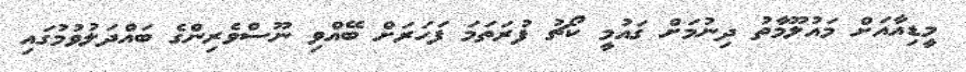
މީޑިއާއަށް މައުލޫމާތު ދިނުމަށް ގައުމީ ކޯޗު ފުރަތަމަ ފަހަރަށް ބޭއްވި ނޫސްވެރިންގެ ބައްދަލުވުމުގައި